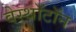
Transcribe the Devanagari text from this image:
वेस्थॉटॉन